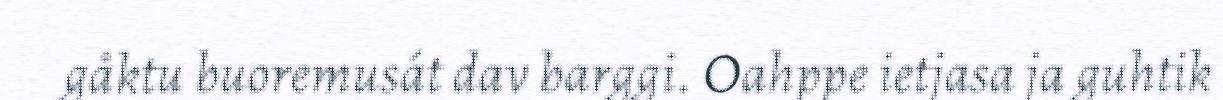
gåktu buoremusát dav barggi. Oahppe ietjasa ja guhtik